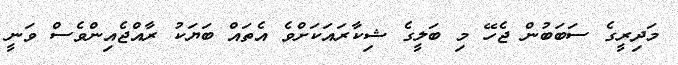
މަދިރީގެ ސަބަބުން ޖެހޭ މި ބަލީގެ ޝިކާރައަކަށްވެ އެތައް ބަޔަކު ރާއްޖެއިންވެސް ވަނީ